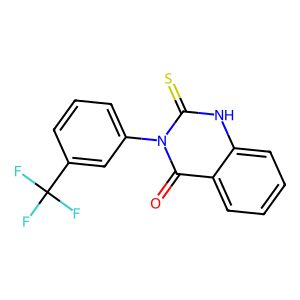
SMILES: O=c1c2ccccc2[nH]c(=S)n1-c1cccc(C(F)(F)F)c1
Inhibits HIV replication: No